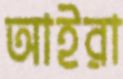
আইরা